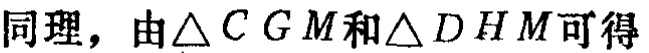
同理，由\(\triangle CGM\)和\(\triangle DHM\)可得